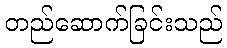
တည်ဆောက်ခြင်းသည်